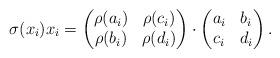
LaTeX: \begin{align*}\sigma(x_i)x_i=\left(\begin{matrix}\rho(a_i) & \rho(c_i) \\\rho(b_i) & \rho(d_i)\end{matrix}\right)\cdot\left(\begin{matrix}a_i & b_i \\c_i & d_i\end{matrix}\right).\end{align*}